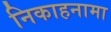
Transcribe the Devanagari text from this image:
निकाहनामा